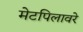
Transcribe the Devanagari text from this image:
मेटपिलावरे